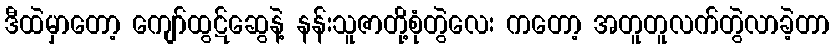
ဒီထဲမှာတော့ ကျော်ထွဋ်ဆွေနဲ့ နန်းသူဇာတို့စုံတွဲလေး ကတော့ အတူတူလက်တွဲလာခဲ့တာ